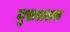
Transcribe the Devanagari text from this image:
मुखवासक